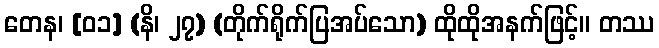
တေန၊ [၀၁] (နိ၊ ၂၇) (တိုက်ရိုက်ပြအပ်သော) ထိုထိုအနက်ဖြင့်။ တဿ